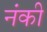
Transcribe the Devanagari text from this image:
नंकी